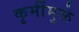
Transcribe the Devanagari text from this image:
कृमींमुळे